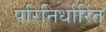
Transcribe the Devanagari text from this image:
परिनिर्धारित